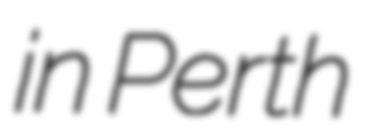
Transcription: in Perth